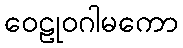
ဝေဠုဝဂါမကော